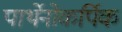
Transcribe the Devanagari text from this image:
पार्थेनोकर्पिक